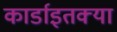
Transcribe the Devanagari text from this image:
कार्डाइतक्या